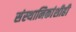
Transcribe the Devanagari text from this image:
संस्‍थानिकांशीही